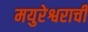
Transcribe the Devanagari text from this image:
मयुरेश्वराची